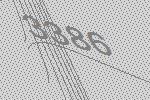
3386